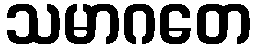
သမာဂတေ